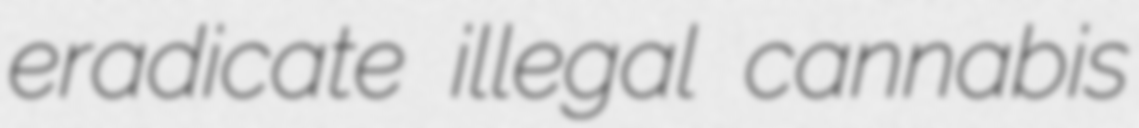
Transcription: eradicate illegal cannabis